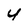
Character: u